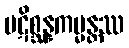
ပဋိစ္ဆန္နကမ္မန္တဿ